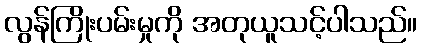
လွန်ကြိုးပမ်းမှုကို အတုယူသင့်ပါသည်။